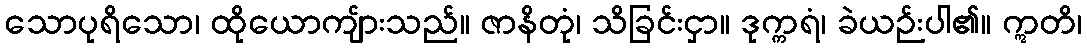
သောပုရိသော၊ ထိုယောကျ်ားသည်။ ဇာနိတုံ၊ သိခြင်းငှာ။ ဒုက္ကရံ၊ ခဲယဉ်းပါ၏။ ဣတိ၊